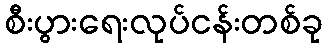
စီးပွားရေးလုပ်ငန်းတစ်ခု